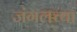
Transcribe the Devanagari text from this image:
जंगलच्या